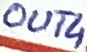
Text: OUT4